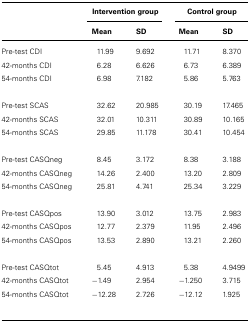
<table><thead><tr><td></td><td colspan="2"><b>Intervention group</b></td><td colspan="2"><b>Control group</b></td></tr><tr><td></td><td><b>Mean</b></td><td><b>SD</b></td><td><b>Mean</b></td><td><b>SD</b></td></tr></thead><tbody><tr><td>Pre-test CDI</td><td>11.99</td><td>9.692</td><td>11.71</td><td>8.370</td></tr><tr><td>42-months CDI</td><td>6.28</td><td>6.626</td><td>6.73</td><td>6.389</td></tr><tr><td>54-months CDI</td><td>6.98</td><td>7.182</td><td>5.86</td><td>5.763</td></tr><tr><td>Pre-test SCAS</td><td>32.62</td><td>20.985</td><td>30.19</td><td>17.465</td></tr><tr><td>42-months SCAS</td><td>32.01</td><td>10.311</td><td>30.89</td><td>10.165</td></tr><tr><td>54-months SCAS</td><td>29.85</td><td>11.178</td><td>30.41</td><td>10.454</td></tr><tr><td>Pre-test CASQneg</td><td>8.45</td><td>3.172</td><td>8.38</td><td>3.188</td></tr><tr><td>42-months CASQneg</td><td>14.26</td><td>2.400</td><td>13.20</td><td>2.809</td></tr><tr><td>54-months CASQneg</td><td>25.81</td><td>4.741</td><td>25.34</td><td>3.229</td></tr><tr><td>Pre-test CASQpos</td><td>13.90</td><td>3.012</td><td>13.75</td><td>2.983</td></tr><tr><td>42-months CASQpos</td><td>12.77</td><td>2.379</td><td>11.95</td><td>2.496</td></tr><tr><td>54-months CASQpos</td><td>13.53</td><td>2.890</td><td>13.21</td><td>2.260</td></tr><tr><td>Pre-test CASQtot</td><td>5.45</td><td>4.913</td><td>5.38</td><td>4.9499</td></tr><tr><td>42-months CASQtot</td><td>-1.49</td><td>2.954</td><td>-1.250</td><td>3.715</td></tr><tr><td>54-months CASQtot</td><td>-12.28</td><td>2.726</td><td>-12.12</td><td>1.925</td></tr></tbody></table>